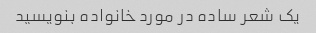
یک شعر ساده در مورد خانواده بنویسید